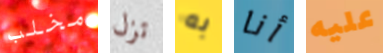
مخلب تزل به أنا عليه